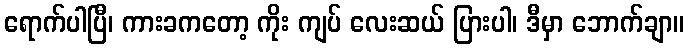
ရောက်ပါပြီ၊ ကားခကတော့ ကိုး ကျပ် လေးဆယ် ပြားပါ၊ ဒီမှာ ဘောက်ချာ။